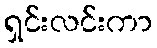
ရှင်းလင်းကာ